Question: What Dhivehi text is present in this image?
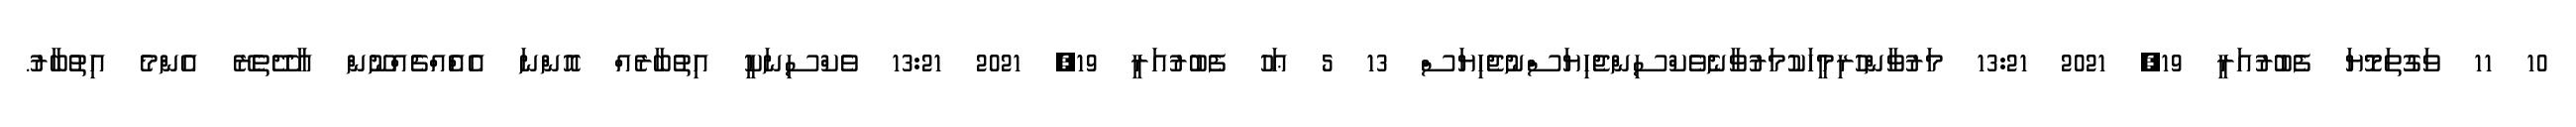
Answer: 10 11 ވަގުތަމޮޔަ ފެބުރުއަރީ 19, 2021 13:21 މަރުވާންހުރިމީހަކުމަރުވާނެވެކްސިންޖެހިޔަސްނުޖެހިޔަސް 13 5 ޢަހު ފެބުރުއަރީ 19, 2021 13:21 ވެކްސިނަކީ އިތުބާރެއް އޮންނަ އެއްެއްޗެއްނޫން އާދޭތެރޭ އެންމެ އިތުބާރު.